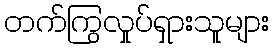
တက်ကြွလှုပ်ရှားသူများ